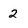
Character: 2